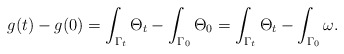
\begin{align*}g(t)-g(0)=\int_{\Gamma_t} \Theta_{t}-\int_{\Gamma_0} \Theta_{0}=\int_{\Gamma_t} \Theta_{t}-\int_{\Gamma_0} \omega.\end{align*}